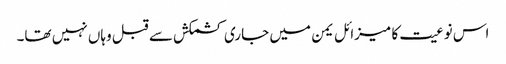
اس نوعیت کا میزائل یمن میں جاری کشمکش سے قبل وہاں نہیں تھا۔